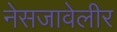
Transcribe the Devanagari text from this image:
नेसजावेलीर